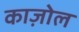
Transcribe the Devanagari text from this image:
काज़ोल